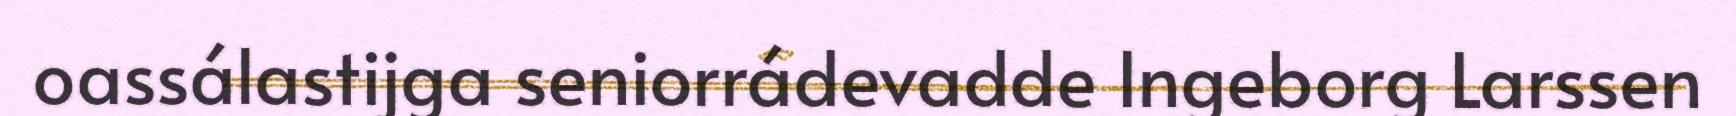
oassálastijga seniorrádevadde Ingeborg Larssen